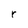
Character: r